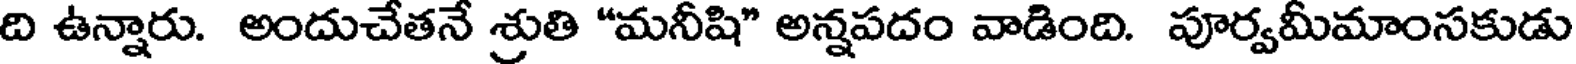
ది ఉన్నారు. అందుచేతనే శ్రుతి "మనీషి" అన్నపదం వాడింది. పూర్వమీమాంసకుడు